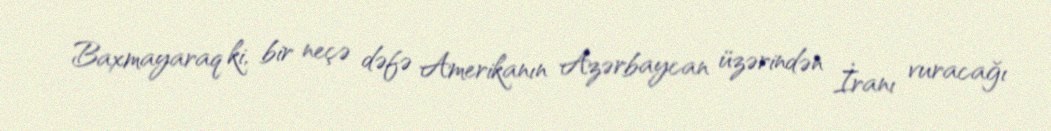
Baxmayaraq ki, bir neçə dəfə Amerikanın Azərbaycan üzərindən İranı vuracağı